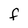
Character: F